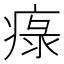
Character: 𤷚